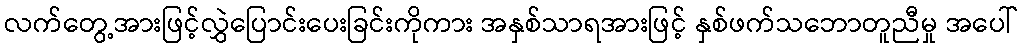
လက်တွေ့အားဖြင့်လွှဲပြောင်းပေးခြင်းကိုကား အနှစ်သာရအားဖြင့် နှစ်ဖက်သဘောတူညီမှု အပေါ်